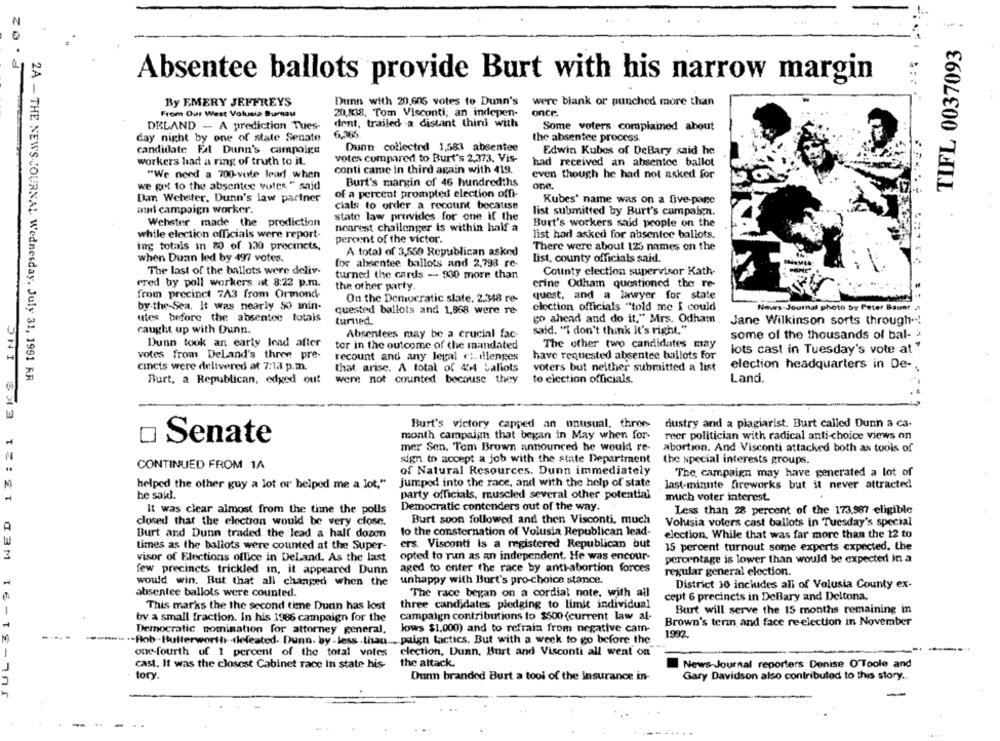
20
TIFL 0037093
Absentee ballots provide Burt with his narrow margin
By EMERY JEFFREYS
Dunn with 20,605 votes to Dunn's
were blank or punched more than
From Our West Volusia Burnau
20,838. Tom Visconti; an indepen-
once.
DELAND - A prediction Tues-
dent, trailed a distant third with
Some voters complained about
6.165
day night by one of state Senate
the absentee process.
candidate Fal Dunn's campaign
Dunn collected 1,583 absentee
Edwin Kubes of DeBary said he
workers had a ring of truth to it.
votes compared to Burt's 2,373. Vis-
had received an absentee ballot
conti came in third again with 419.
"We need a 700-vote lead when
even though he had not asked for
we got to the absentee votes " said
Burt's margin of 46 hundredths
one.
Dan Webster, Dunn's law partner
of a percent prompted election offi-
Kubes' name was on a five-page
cials to order a recotint because
audi campaign worker.
list submitted by Burt's campaign.
Wehster made the prodiction
state law provides for one if the
Burt's workers said people on the
nearest challenger is within half a
while election officials were report-
list had asked for absentee ballots.
peroint of the victor.
ing totals in 80 of 130 precincts,
A total of 3,559 Republican asked
There were about 125 names on the
when Dunn led by 497 votes.
list, county officials said.
for absentee ballots and 2,798 re-
The last of the ballots were deliv-
turned the cards -- 930 more than
County election supervisor Kath-
ered by poll workers at 8:22 p.m.
the other party
crine Odham questioned the re-
from precinct 7A3 from Ormond-
quest, and a lawyer for state
On the Democratic slate. 2.348 re-
by-the-Sea. It was nearly 50 mnin-
quested ballots and 1.968 were re-
election officials "told me I could
Nous-Journal photo by Peter Baust
UL-31-91 WED 13:21 EKS INC
utes before the absentee totais
go ahead and do it," Mrs. Odham
turned.
Jane Wilkinson sorts through -!
caught up with Dunn.
Absentees may be a crucial fac-
said. "I don't think it's right."
some of the thousands of bal- '
Dunn took an early lead after
tor in the outcome of the mandated
The other two candidates may
votes from DeLand's three pre-
recount and any legal ct.illenges
have requested absentee ballots for
lots cast in Tuesday's vote at
cincts were delivered at 7:13 p.m.
that arise. A total of 44 valiots
voters but neither submitted a list
election headquarters in De- .
2A - THE NEWS-JOURNAL Wednesday, July 31, 1991 FR
Burt, a Republican, odxed out
were not counted because they
to election officials.
Land.
Burt's victory capped an unusual, three-
dustry and a plagiarist. Burt called Dunn a ca-
month campaign that began in May when for-
meer politician with radical anti-choice views on
Senate
mer Sen. Tom Brown announced he would re-
abortion. And Visconti attacked both as toois of
sign to accept a job with the state Department
the special interests groups.
CONTINUED FROM 14
of Natural Resources. Dunn immediately
The campaign may have generated a lot of
helped the other guy a lot or helped me a lot."
jumped into the race, and with the help of state
last-minute fireworks but it never attracted
he said.
party officials, muscled several other potential
much voter interest.
It was clear almost from the time the polls
Democratic contenders out of the way.
Less than 28 percent of the 173.987 eligible
Burt soon followed and then Visconti, much
closed that the election would be very close.
Volusia voters cast ballots in Tuesday's special
Burt and Dunn traded the lead a half dozen
to the consternation of Volusia Republican lead-
election. While that was far more than the 12 to
times as the ballots were counted at the Super-
ers. Visconti Is a registered Republican but
15 percent turnout some experts expected. the
opted to run as an independent. He was encour-
visor of Elections office in DeLand. As the last
percentage is lower than would be expected in a
few precincts trickled in, it appeared Dunn
aged to enter the race by anti-abortion forces
regular general election.
would win. But that all changed when the
unhappy with Burt's pro-choice stance.
District 10 includes all of Volusia County ex-
absentee ballols were counted.
The race began on a cordial note, with all
cept 6 precincts in DeBary and Deltona.
This marks the the second time Dunn has lost
three candidates pledging to limit individual
campaign contributions to $500 (current law al-
Burt will serve the 15 months remaining in
by a small fraction. In his 1986 campaign for the
Brown's term and face re-election in November
Democratic nomination for attorney general,
lows $1,000) and to refrain from negative cam-
1992.
.- Rob -- Butterworth defeated- Dunn. by-less than. .... paign tactics. But with a week to go before the
one-fourth of 1 percent of the total votes
election, Dunn, Burt and Visconti all went on
cast. It was the closest Cabinet race In state his-
the attack.
News-Journal reporters Denise O Toole and
tory
Dunn branded Burt a tool of the insurance in-
Gary Davidson also contributed to this story ..